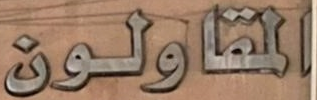
المقاولون